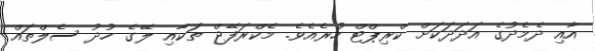
އާއި ދެމެދުގެ އަދަދަކަށް ކްރިޕްޓް ހުރެއެވެ. މެކްރަފޭޖް ތަކާއި ލޭގެ ހުދު ސެލްތައް